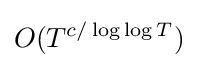
O(T^{c/\log \log T})